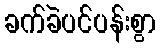
ခက်ခဲပင်ပန်းစွာ